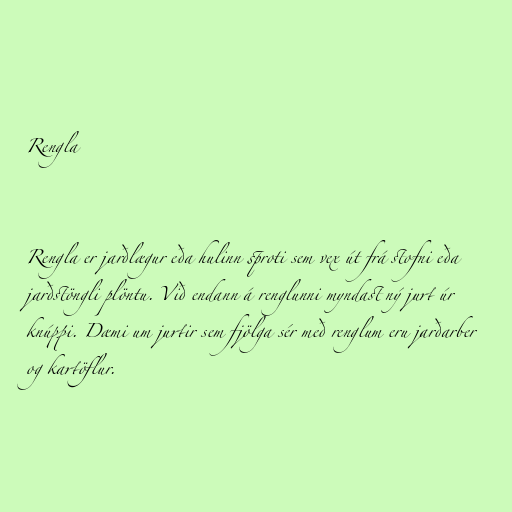
Rengla

Rengla er jarðlægur eða hulinn sproti sem vex út frá stofni eða
jarðstöngli plöntu. Við endann á renglunni myndast ný jurt úr
knúppi. Dæmi um jurtir sem fjölga sér með renglum eru jarðarber
og kartöflur.